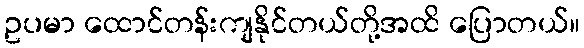
ဥပမာ ထောင်တန်းကျနိုင်တယ်တို့အထိ ပြောတယ်။